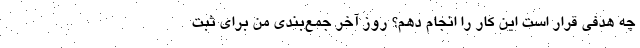
چه هدفی قرار است این کار را انجام دهم؟ روز آخر جمع‌بندی من برای ثبت